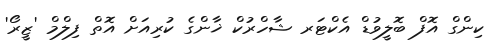
ކިންގް އޮފް ބޮލީވުޑް އެކްޓަރ ޝާހްރުކް ޚާންގެ ކުރިއަށް އޮތް ފިލްމް 'ޒީރޯ'